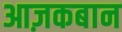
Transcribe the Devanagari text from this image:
आज़कबान